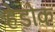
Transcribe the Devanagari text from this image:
हेडोक